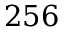
2 5 6